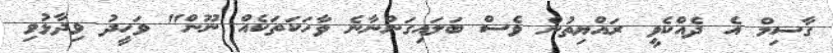
ގާސިމް އެ ދެއްކެވީ ރައްޔިތުން ވެސް ބަލައިގަންނާނެ ވާހަކަތަކެއް ނޫން" ވަހީދު ވިދާޅުވި